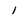
Character: 1